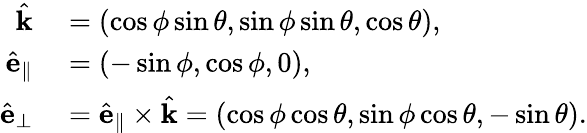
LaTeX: \begin{array}{rl}{\hat{\mathbf{k}}}&{{}=\left(\cos\phi\sin\theta,\sin\phi\sin\theta,\cos\theta\right),}\\ {\hat{\mathbf{e}}_{\parallel}}&{{}=\left(-\sin\phi,\cos\phi,0\right),}\\ {\hat{\mathbf{e}}_{\perp}}&{{}=\hat{\mathbf{e}}_{\parallel}\times\hat{\mathbf{k}}=\left(\cos\phi\cos\theta,\sin\phi\cos\theta,-\sin\theta\right).}\end{array}